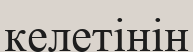
келетінін